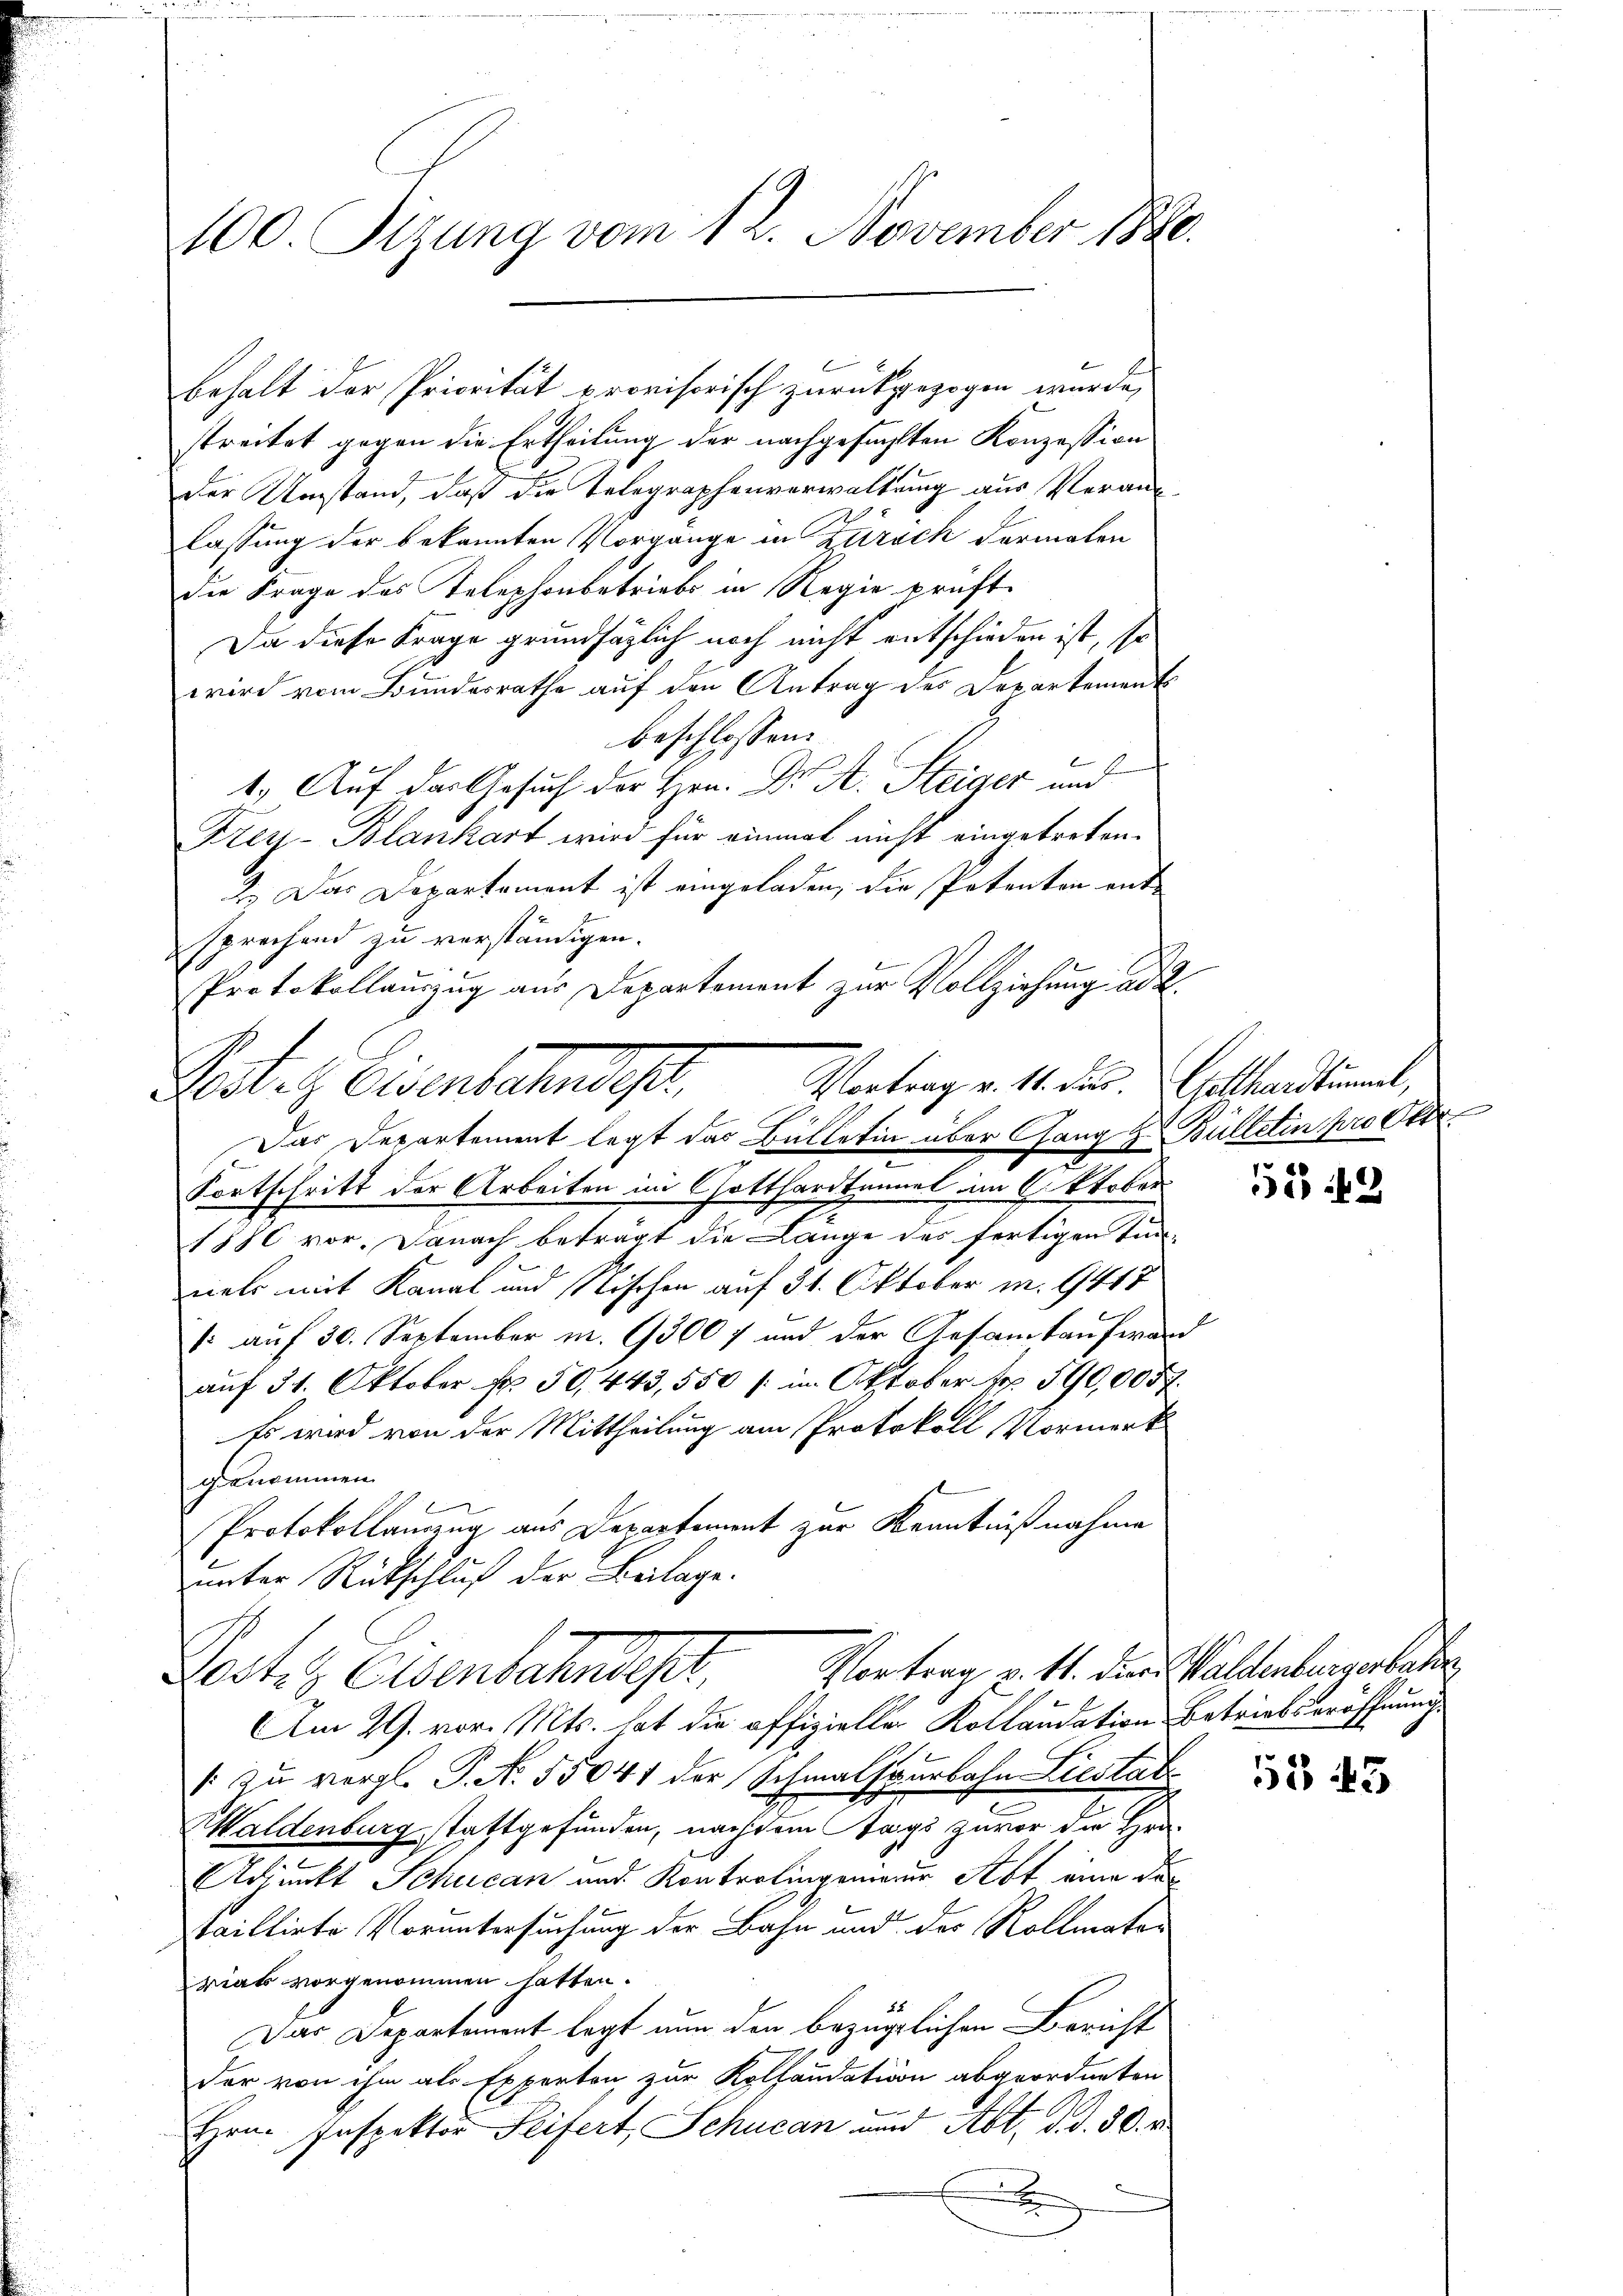
100. Sizung vom 12. November 1890.

streitet gegen die Ertheilung der nachgesuchten Konzession
Der Umstand, daß die Telegraphenverwaltung aus Veranlassung der bekannten Vorgange in Zürsch dermalen
die Frage des Telephonbetriebs in Regie prüft
Da diese Frage grundsätzlich noch nicht entschieden ist, so
wird vom Bundesrathe auf den Antrag des Departement
beschlossen:
1.) Auf der Gesuch der Hrn. Dr A. Steiger und
Frer-Blankart wird für einmal nicht eingetreten.
2. Das Departement ist eingeladen, die Petenten ente
sprechend zu verständigen.
Protokollauszug aus Departement zur Vollziehung ad
Fortschritt der Arbeiten im Gotthardtenmal im Oktober
1880 vor. Danach beträgt die Lange des fertigen Tunnels mit Kanal und Nischen auf 31. Oktober m. 9417
1: auf 30. September m. 9300 f und der Gesamtaufwar
auf 31. Oktober Nr. 50, 443,550 /: im Oktober sr. 590,005f.
Es wird von der Mittheilung am Protokoll Vormerk
genommen.
Protokollamzug aus Departement zur Kenntnißnahme
unter Rückschluß der Beilage.
Losten Eisenbahndept. Vortrag v. 11. die Waldenbergestehen
Am 29. vor. Mts. hat die offizieller Kollaudation Betriebseröffnung
 zu vergl. P. N. 55041 der Schmalspurbahn Liestat
Waldenburg stattgefunden, nach dem Stags zuvor die Hrn.
Adjunkt Schucan und Kontrolingenieur Abt eine dataillirte Voruntersuchung der Bahn und der Rollmator
riats vorgenommen hatten.
Das Departement legt nun den bezüglichen Bericht
der von ihm als Experten zur Kolfandation abgeordneten
Hrn. Inspektor Seifert, Schucan und Abt. d. d. 30. v.

behalt der Priorität provisorisch zurückgezogen wurde,

Vortrag v. 11. Der Gotthardtummel,
Vordes Eisenbahn
d
Das Departement legt das Bülletin über Gang zu Bülletin pro Otte

5542

53 43